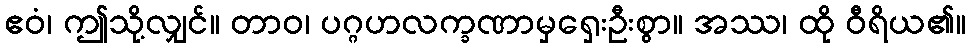
ဧဝံ၊ ဤသို့လျှင်။ တာဝ၊ ပဂ္ဂဟလက္ခဏာမှရှေးဦးစွာ။ အဿ၊ ထို ဝီရိယ၏။